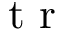
\textrm { t r }